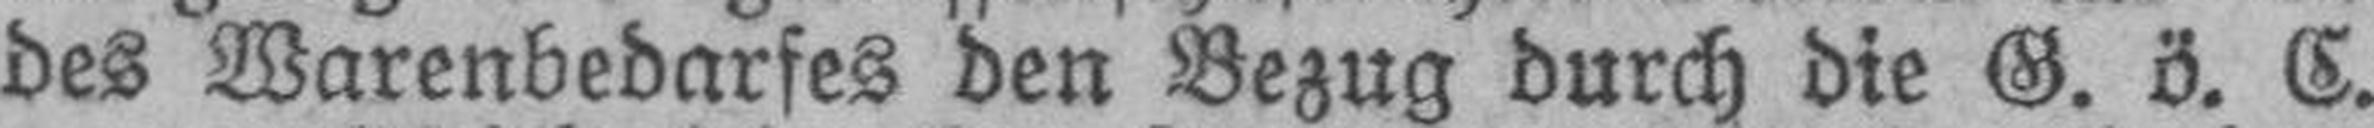
des Warenbedarfes den Bezug durch die G. ö. C.